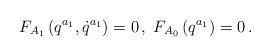
\begin{align*}F_{A_{1}}\left( q^{a_{1}},\dot{q}^{a_{1}}\right) =0\,,\;F_{A_{0}}\left(q^{a_{1}}\right) =0\,. \end{align*}